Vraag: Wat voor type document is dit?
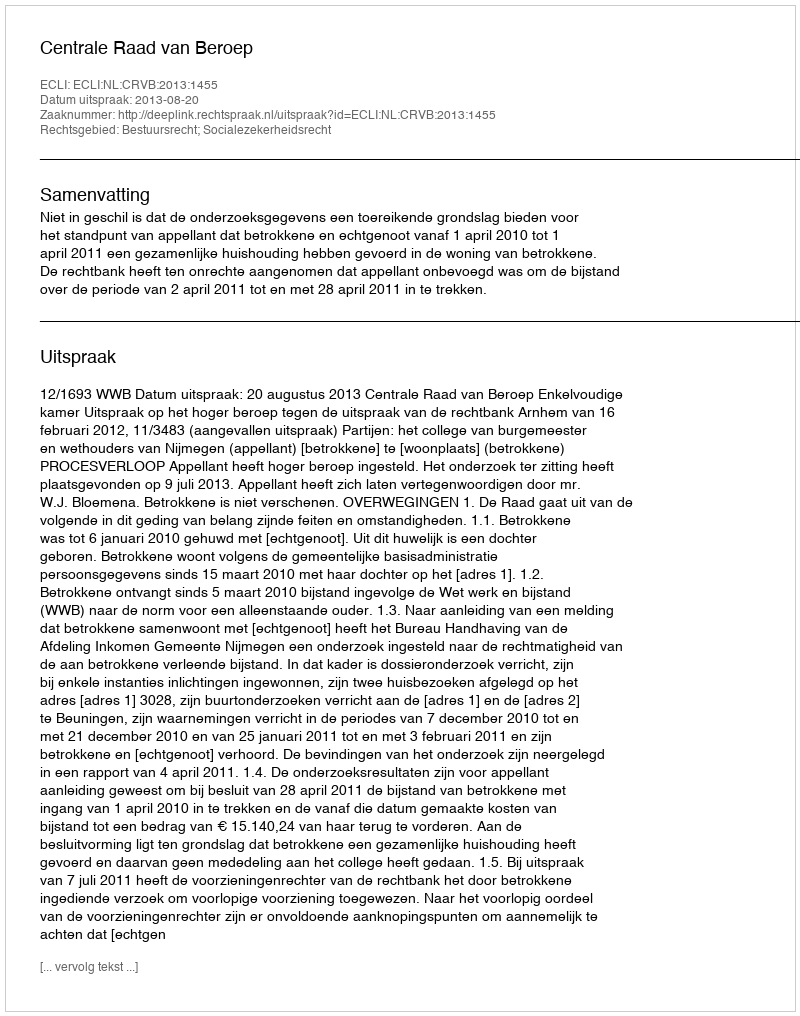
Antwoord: Uitspraak